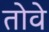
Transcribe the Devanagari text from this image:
तोवे